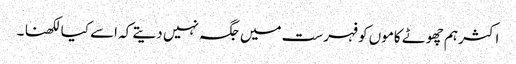
اکثر ہم چھوٹے کاموں کو فہرست میں جگہ نہیں دیتے کہ اسے کیا لکھنا ۔